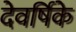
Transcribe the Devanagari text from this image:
देवर्षिके